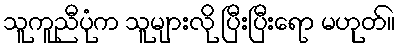
သူကူညီပုံက သူများလို ပြီးပြီးရော မဟုတ်။